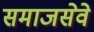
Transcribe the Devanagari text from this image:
समाजसेवे